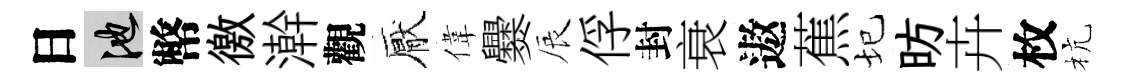
日池幣徼澣觀厭偉爨辰俘封衰遨蕉圮昉卉枚杭